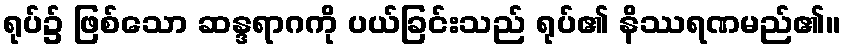
ရုပ်၌ ဖြစ်သော ဆန္ဒရာဂကို ပယ်ခြင်းသည် ရုပ်၏ နိဿရဏမည်၏။